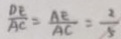
\frac { D E } { A C } = \frac { A E } { A C } = \frac { 2 } { 5 }